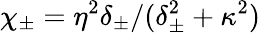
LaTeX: \chi_{\pm}=\eta^{2}\delta_{\pm}/(\delta_{\pm}^{2}+\kappa^{2})